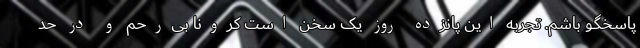
پاسخگو باشم. تجربه این پانزده روز یک سخن است کرونا بی‌رحم و در حد